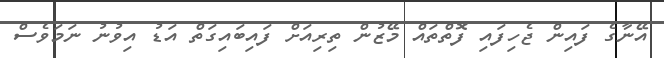
އޭނާގެ ފައިން ޖެހިފައި ފޮތްތައް މޭޒުން ތިރިއަށް ފައިބައިގަތް އަޑު އިވުނު ނަމަވެސް